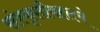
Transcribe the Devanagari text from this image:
संस्कृतीबद्दलचे